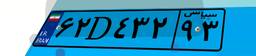
۳۹D۲۸۴۸۰